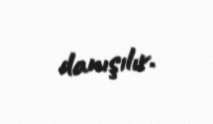
danışılır.